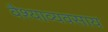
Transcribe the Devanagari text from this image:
वैश्याव्यवसाय